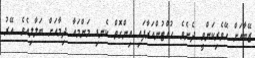
ޒޭބާއަށް ހޭވެރިކަންވީ ދެނެވެ. ހުއްޓުންއަރާފައި އިންގޮތް ކެނޑި މަންމައާ ދިމާއަށް ބަލާލިއެވެ. އޭރު